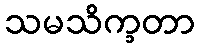
သမသိက္ခတာ